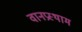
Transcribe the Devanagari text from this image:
वानप्रस्थाम